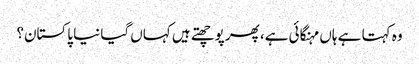
وہ کہتا ہے ہاں مہنگائی ہے، پھر پوچھتے ہیں کہاں گیا نیا پاکستان؟